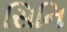
સિનિ